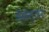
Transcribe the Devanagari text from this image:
मैसेन्जरः